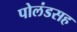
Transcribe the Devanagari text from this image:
पोलंडसह